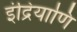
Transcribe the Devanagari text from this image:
इंद्रियाणि